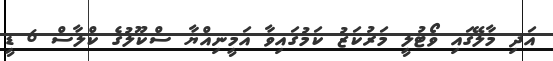
އަދި މާލޭގައި ވޯޓުލީ މަރުކަޒު ކަމުގައިވާ އަމީނިއްޔާ ސްކޫލުގެ ކްލާސް 6 ޑީ